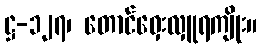
ဋ္ဌ-၁၂၇၊ တောင်ဝှေးလှူရကျိုး။